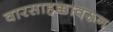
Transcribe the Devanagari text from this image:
वारसाहक्कावरून